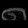
Digit: ၈